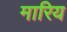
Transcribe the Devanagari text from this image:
मारिय